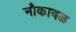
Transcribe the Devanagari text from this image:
नौकाबळ